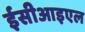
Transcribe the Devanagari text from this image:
ईसीआइएल